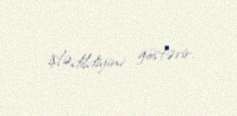
işlədildiyini göstərir.